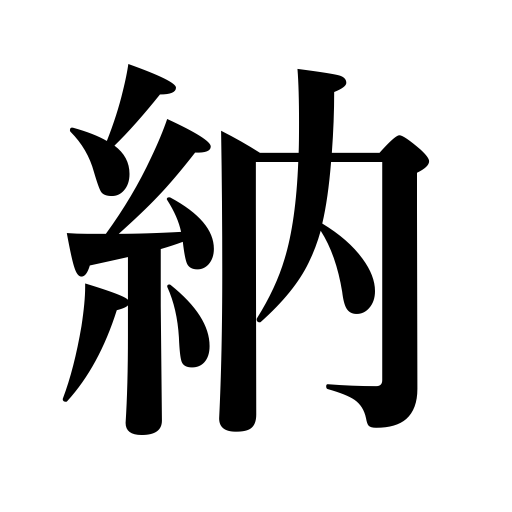
Meanings: sheathe the sword,stay in the stomach,be restored,supply,be paid,replace,restore,collect,obtain,burry,be satisfied,accept a present,dedicate,gather,store,reap,pay,consecrate,finish,be settled,look composed,be contented,rally troops